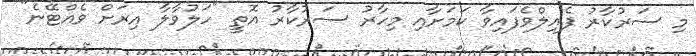
މި ސަރުކާރު ފެއިލްވެފައިވާ ކަމަށާއި މިހާރު ސަރުކާރު އޮތީ "ހަލުވާލާ އިރަށް ވެއްޓޭނެ"